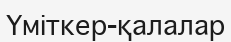
Үміткер-қалалар